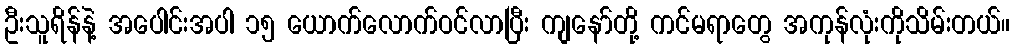
ဦးသူရိန်နဲ့ အပေါင်းအပါ ၁၅ ယောက်လောက်ဝင်လာပြီး ကျနော်တို့ ကင်မရာတွေ အကုန်လုံးကိုသိမ်းတယ်။